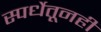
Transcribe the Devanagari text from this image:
स्पर्धेतूनही